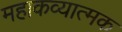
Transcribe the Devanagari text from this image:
महाकव्यात्मक